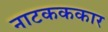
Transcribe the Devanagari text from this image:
नाटकककार